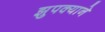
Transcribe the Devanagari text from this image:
झुपक्याने